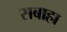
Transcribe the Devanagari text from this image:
सबाहा